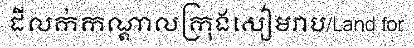
ដីលក់កណ្តាលក្រុងសៀមរាប/Land for